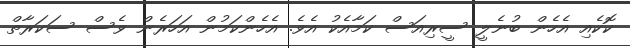
ކޮކެއި އެހެން ބުނެލީ ސީރިއަސް ކަމާއެކު އެވެ. އެހެންކަމުން އަހަރެން ވެސް ސަކަރާތް